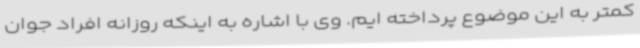
کمتر به این موضوع پرداخته ایم. وی با اشاره به اینکه روزانه افراد جوان